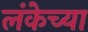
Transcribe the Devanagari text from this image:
लंकेच्या